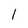
Character: 1